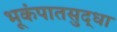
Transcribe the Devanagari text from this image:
भूकंपातसुद्धा